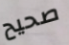
صحيح